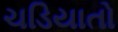
ચડિયાતો